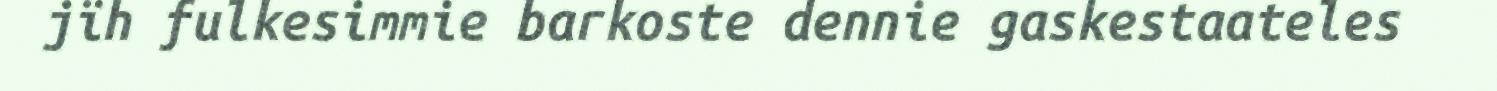
jïh fulkesimmie barkoste dennie gaskestaateles